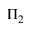
\Pi _ { 2 }